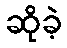
ဆိုခဲ့